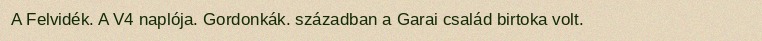
A Felvidék. A V4 naplója. Gordonkák. században a Garai család birtoka volt.